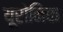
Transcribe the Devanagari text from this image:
यूरोनिक